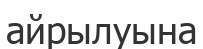
айрылуына